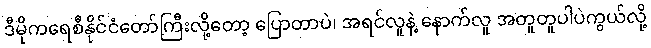
ဒီမိုကရေစီနိုင်ငံတော်ကြီးလို့တော့ ပြောတာပဲ၊ အရင်လူနဲ့ နောက်လူ အတူတူပါပဲကွယ်လို့